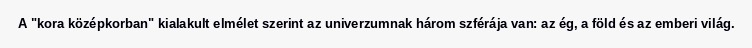
A "kora középkorban" kialakult elmélet szerint az univerzumnak három szférája van: az ég, a föld és az emberi világ.